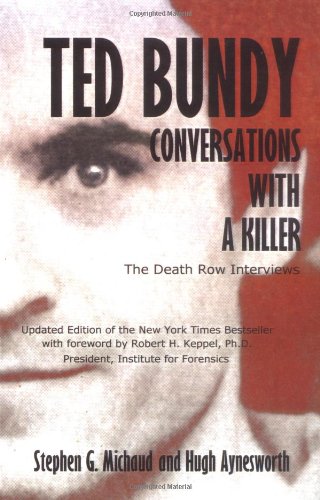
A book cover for Ted Bundy : Conversations with a Killer; Hugh Aynesworth; Biographies & Memoirs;